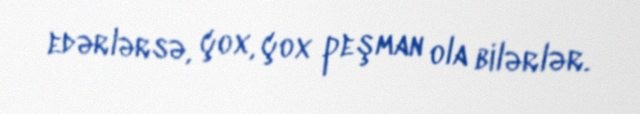
edərlərsə, çox, çox peşman ola bilərlər.